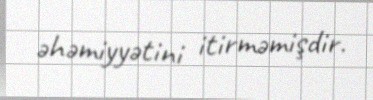
əhəmiyyətini itirməmişdir.